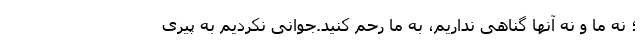
؛ نه ما و نه آنها گناهی نداریم، به ما رحم کنید.جوانی نکردیم به پیری